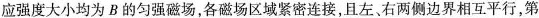
应强度大小均为B的匀强磁场，各磁场区域紧密连接，且左、右两侧边界相互平行，第